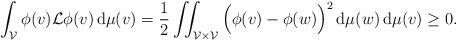
LaTeX: \begin{align*}\int_{\mathcal{V}} \phi(v) \mathcal{L} \phi(v)\, {\rm d}\mu(v)=\frac{1}{2}\iint_{\mathcal{V}\times\mathcal{V}}\Big( \phi(v) - \phi(w) \Big)^2\, {\rm d}\mu(w)\, {\rm d}\mu(v)\ge 0.\end{align*}